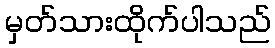
မှတ်သားထိုက်ပါသည်